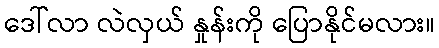
ဒေါ်လာ လဲလှယ် နှုန်းကို ပြောနိုင်မလား။